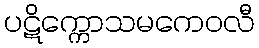
ပဋိက္ကောသမကေဝလီ